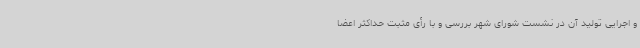
و اجرایی تولید آن در نشست شورای شهر بررسی و با رأی مثبت حداکثر اعضا